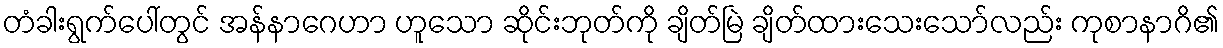
တံခါးရွက်ပေါ်တွင် အန်နာဂေဟာ ဟူသော ဆိုင်းဘုတ်ကို ချိတ်မြဲ ချိတ်ထားသေးသော်လည်း ကုစာနာဂိ၏